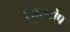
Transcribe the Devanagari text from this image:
शारचोप